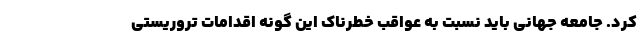
کرد. جامعه جهانی باید نسبت به عواقب خطرناک این گونه اقدامات تروریستی